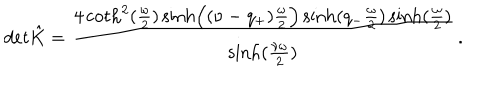
d e t \hat { K } = { \frac { 4 \coth ^ { 2 } ( { \frac { \omega } { 2 } } ) \sinh \Bigl ( ( \nu - q _ { + } ) { \frac { \omega } { 2 } } \Bigr ) \sinh ( q _ { - } { \frac { \omega } { 2 } } ) \sinh ( { \frac { \omega } { 2 } } ) } { \sinh ( { \frac { \nu \omega } { 2 } } ) } } \, .